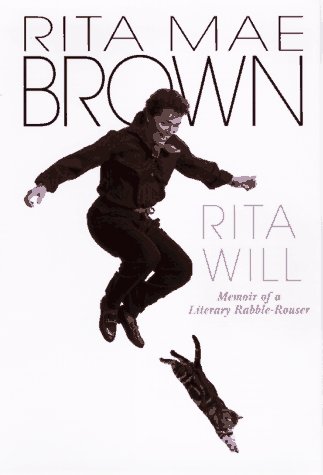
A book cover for Rita Will: Memoir of a Literary Rabble-Rouser; Rita Mae Brown; Gay & Lesbian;